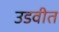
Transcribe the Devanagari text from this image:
उडवीत